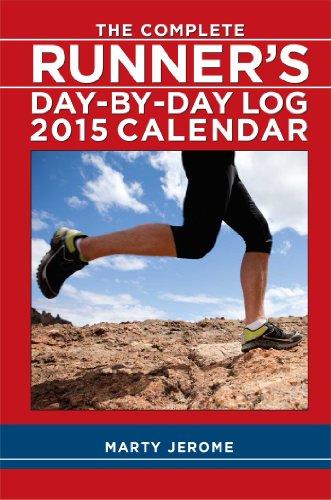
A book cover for The Complete Runner's Day-by-Day Log 2015 Calendar; Marty Jerome; Calendars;